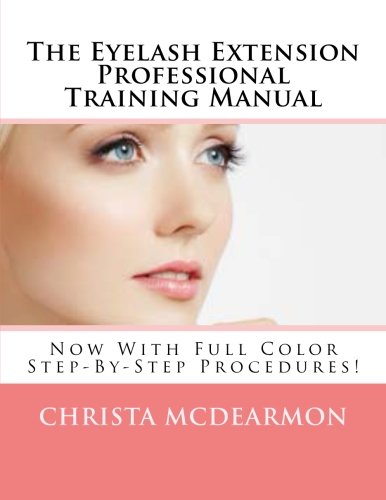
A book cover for The Eyelash Extension Professional Training Manual; Christa McDearmon; Health, Fitness & Dieting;